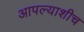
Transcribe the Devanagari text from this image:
आपल्याशीच